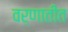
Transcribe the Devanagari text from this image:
वर्णातीत